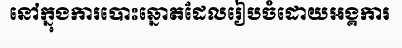
នៅក្នុងការបោះឆ្នោតដែលរៀបចំដោយអង្គការ